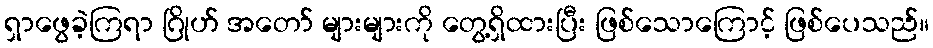
ရှာဖွေခဲ့ကြရာ ဂြိုဟ် အတော် များများကို တွေ့ရှိထားပြီး ဖြစ်သောကြောင့် ဖြစ်ပေသည်။